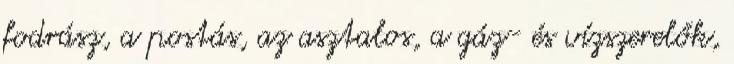
fodrász, a postás, az asztalos, a gáz- és vízszerelők,